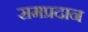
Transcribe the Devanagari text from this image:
समप्रदान